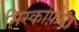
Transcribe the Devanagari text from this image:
मिस्कोफ़ेगा